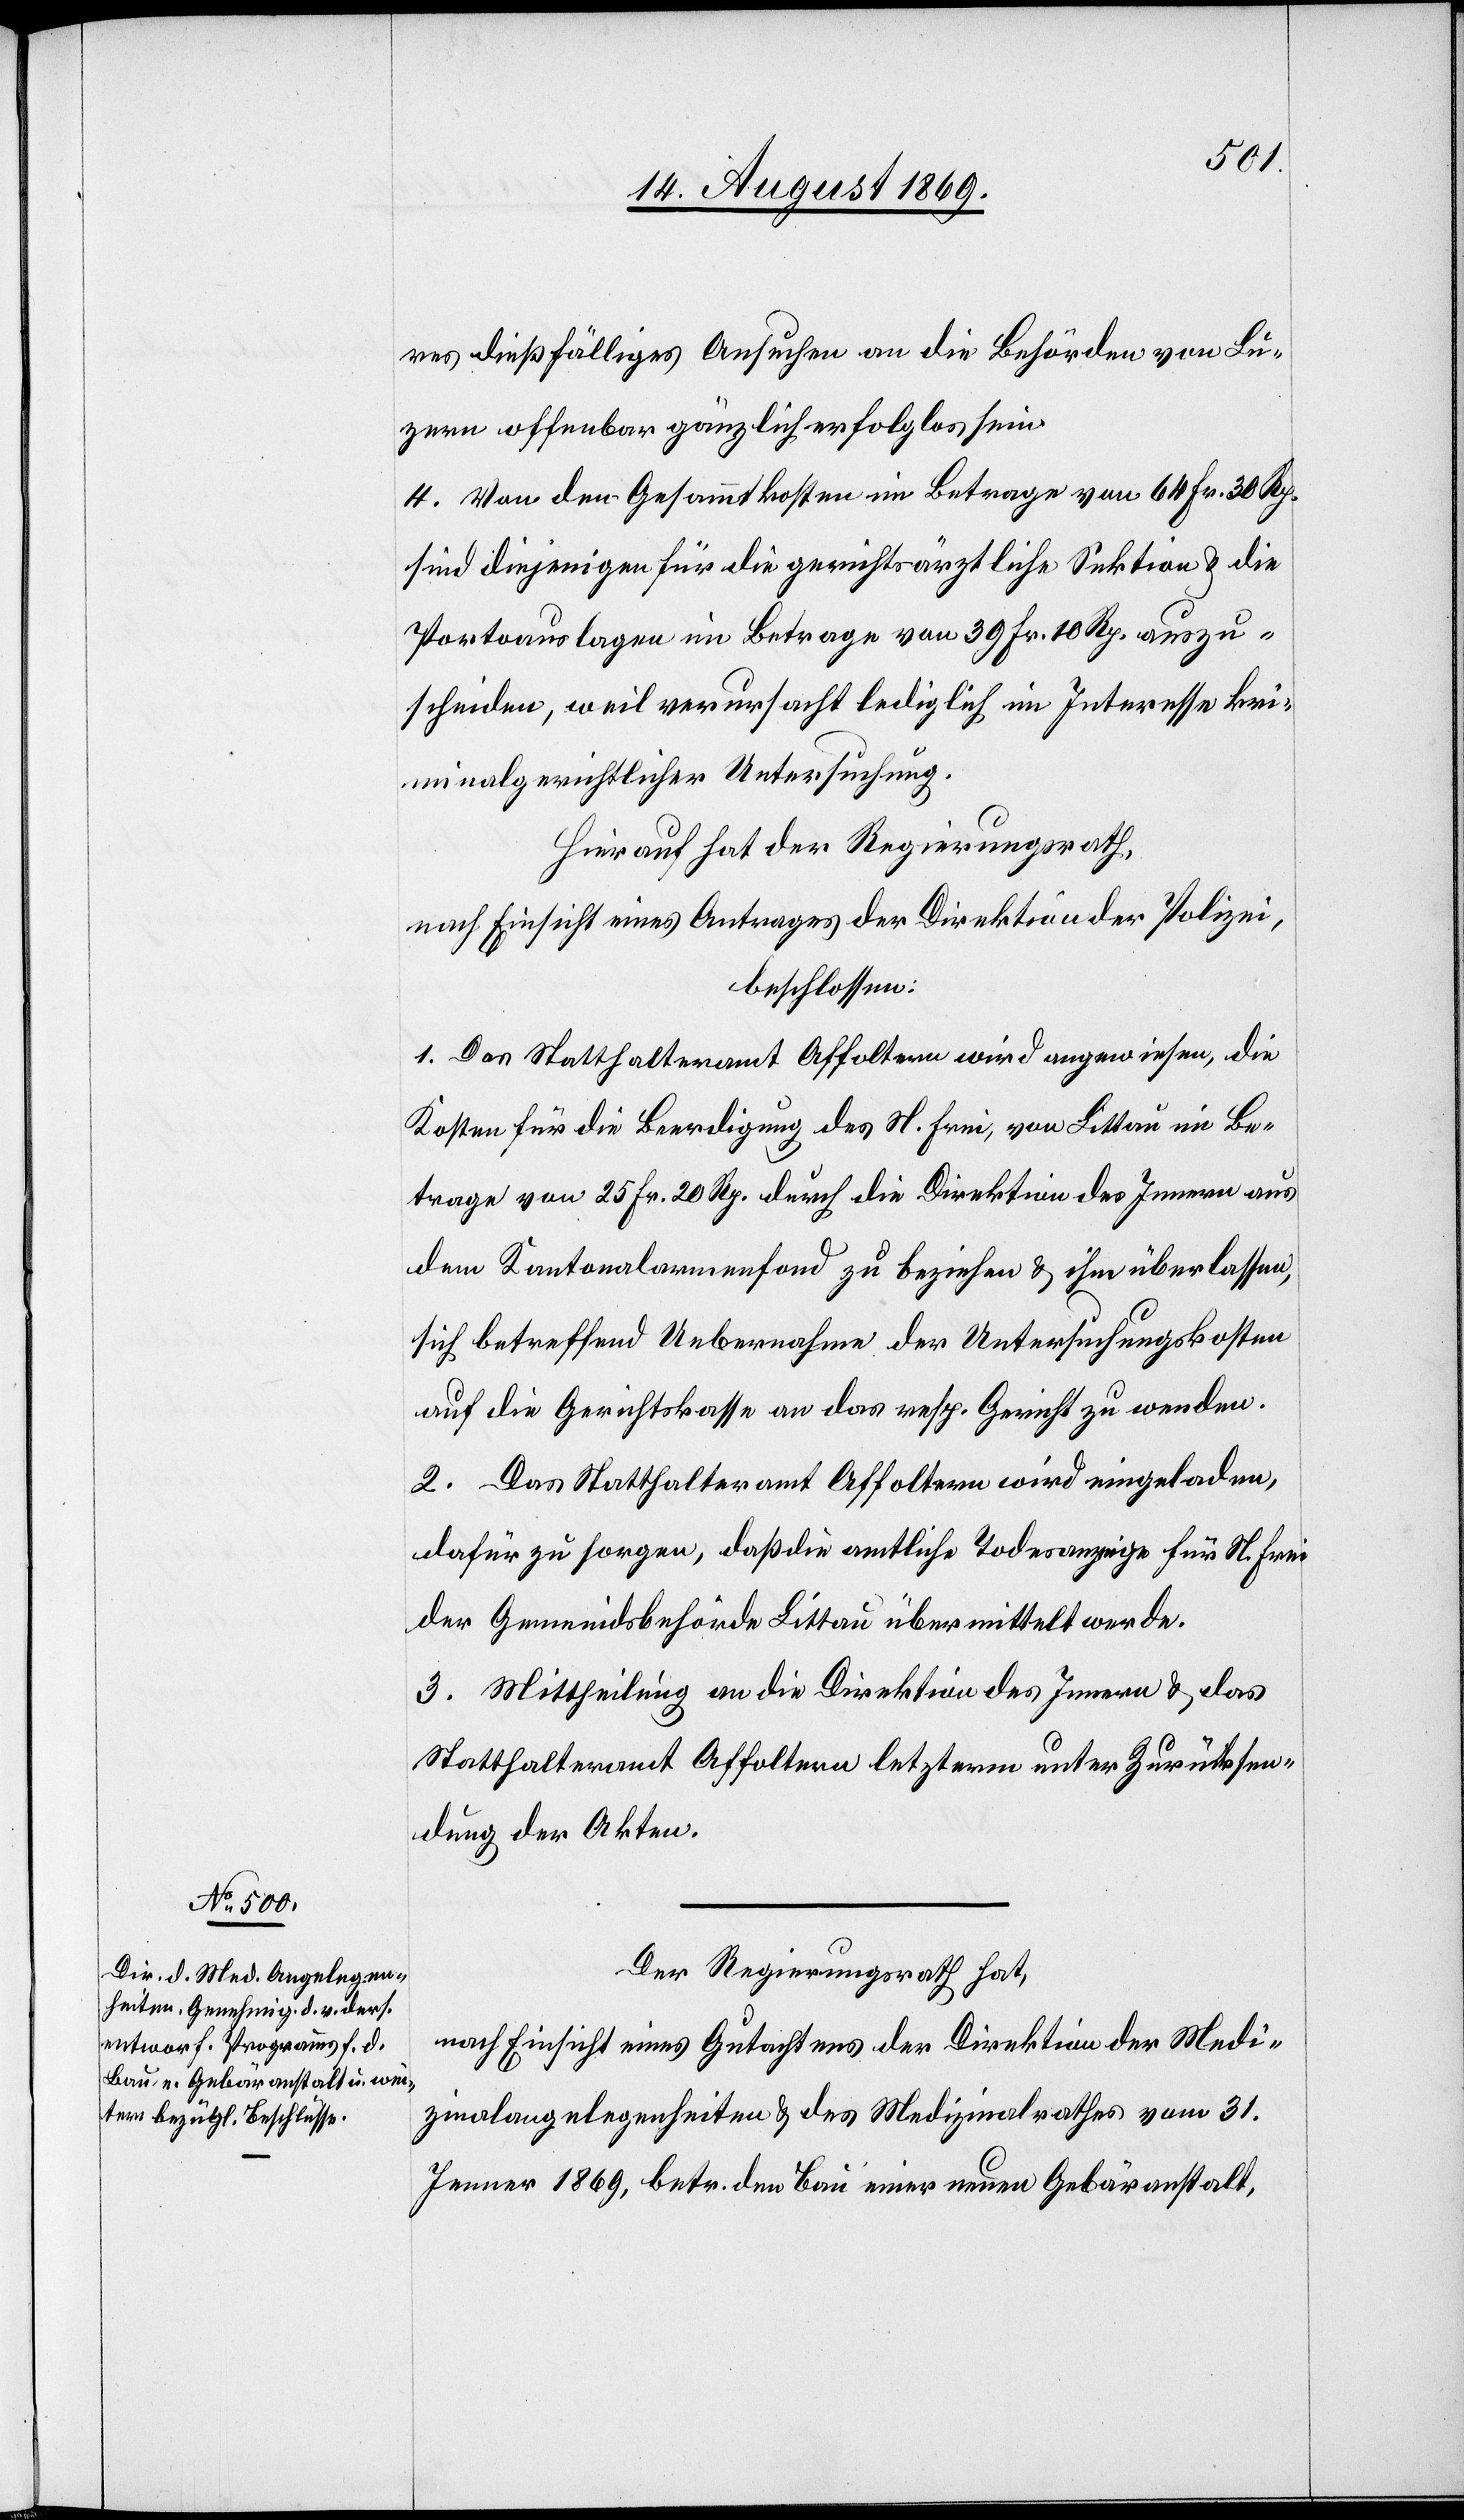
[t¬
e]res dießfälliges Ansuchen an die Behörden von Lu¬
zern offenbar gänzlich erfolglos sein.
4. Von den Gesammtkosten im Betrage von 64 Fr. 30 Rp.
sind diejenigen für die gerichtsärztliche Sektion & die
Portoauslagen im Betrage von 39 Fr. 10 Rp. auszu¬
scheiden, weil verursacht lediglich im Interesse kri¬
minalgerichtlicher Untersuchung.
Hierauf hat der Regierungsrath,
nach Einsicht eines Antrages der Direktion der Polizei,
beschlossen:
1. Das Statthalteramt Affoltern wird angewiesen, die
Kosten für die Beerdigung des N. Frei, von Littau im Be¬
trage von 25 Fr. 20 Rp. durch die Direktion des Innern aus
dem Kantonalarmenfond zu beziehen & ihm überlassen,
sich betreffend Uebernahme der Untersuchungskosten
auf die Gerichtskasse an das resp. Gericht zu wenden.
2. Das Statthalteramt Affoltern wird eingeladen,
dafür zu sorgen, daß die amtliche Todesanzeige für N. Frei
der Gemeindsbehörde Littau übermittelt werde.
3. Mittheilung an die Direktion des Innern & das
Statthalteramt Affoltern letzterm unter Zurücksen¬
dung der Akten.
Der Regierungsrath hat,
nach Einsicht eines Gutachtens der Direktion der Medi¬
zinalangelegenheiten & des Medizinalrathes vom 31.
Jenner 1869, betr. den Bau einer neuen Gebäranstalt,